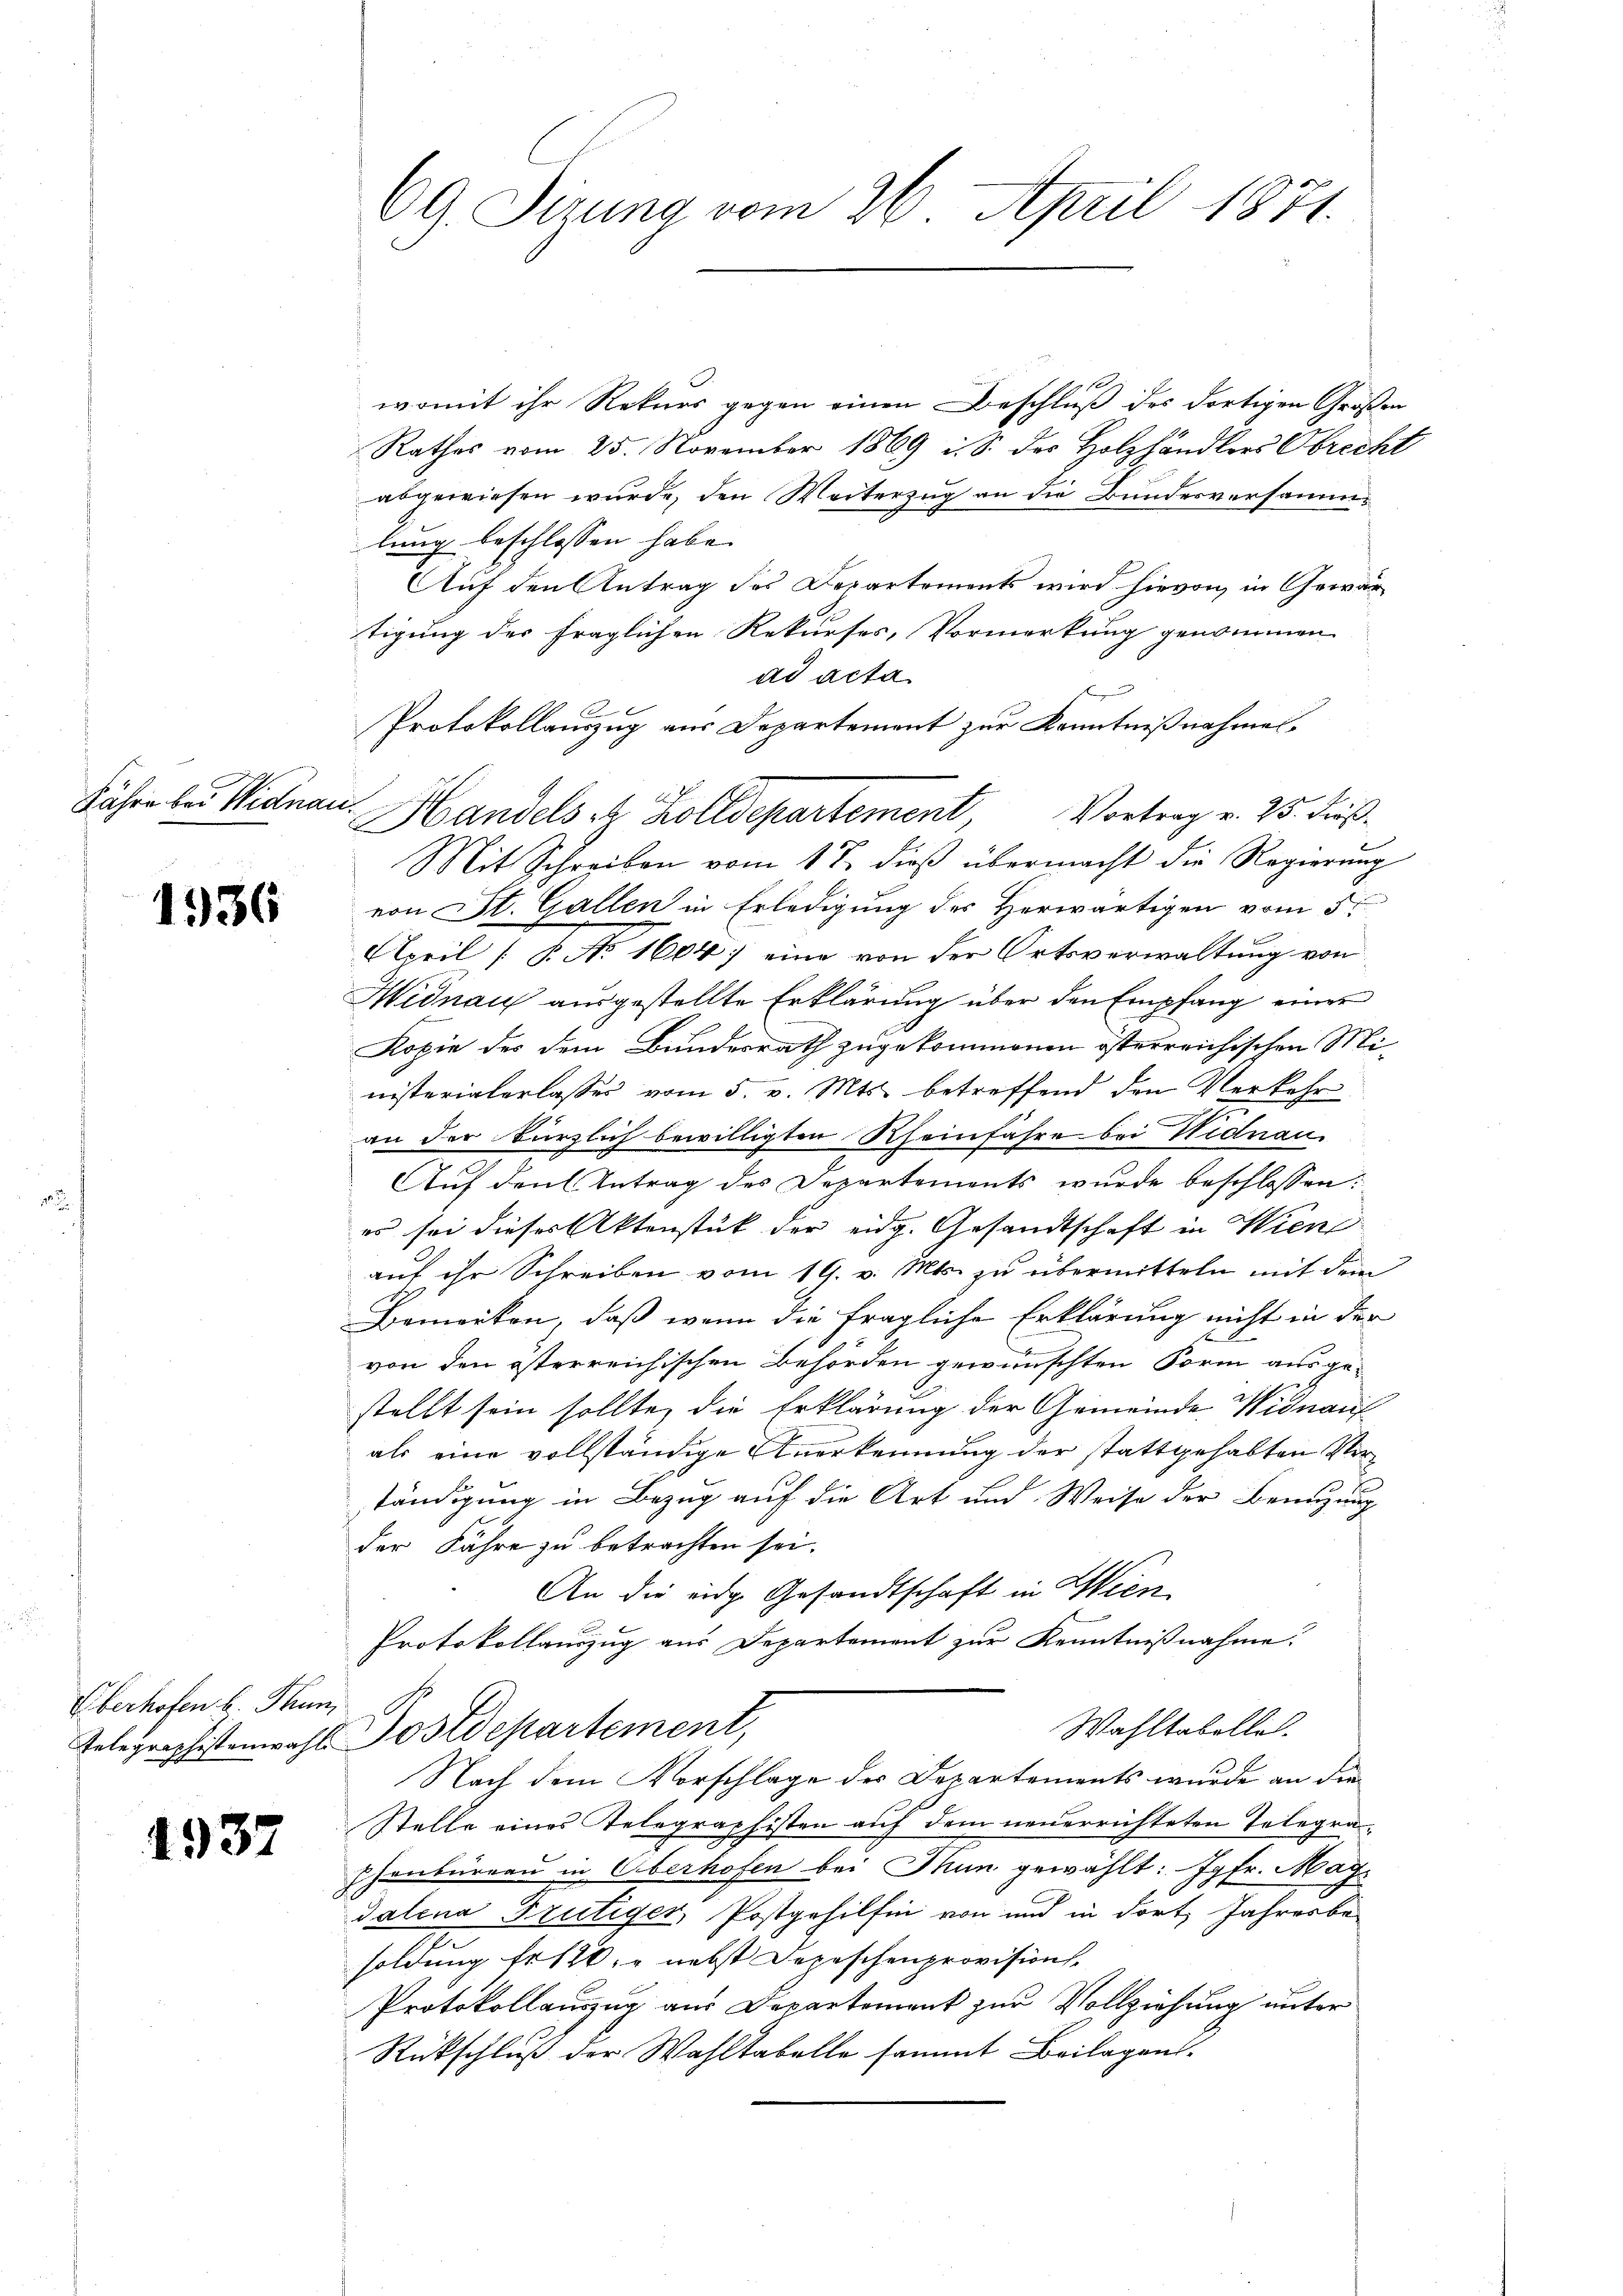
Jahre bei Widnau.

1936

Überhofen h. Thun,

1937

womit ihr Rekurs gegen einen Beschluß des dortigen Großen
Rathes vom 25. November 1869 i. S. des Holzhändlers Obrecht
abgewiesen wurde, den Weiterzug an die Bundesversammlung beschlossen habe.
Auf den Antrag des Departements wird hievon, in Gewärtigung der fraglichen Rekurses, Vormerkung genommen
ad acta
Protokollauszug aus Departement zur Kenntnißnahmen.
Mit Schreiben vom 17. dieβ übermacht die Regierŭng
von St. Gallen in Erledigung des Herwärtigen vom 5.
April 7. No. 1604) eine von der Ortsverwaltung von
Midnau ausgestellte Erklärung über den Empfang einer
Kopie des dem Bundesrath zugekommenen österreichischen Ministerialerlassen vom 5. v. Mts. betreffend den Verkehr
an der kürzlich bewilligten Rheinfahre bei Hidnau
Auf den Antrag des Departements wurde beschlossen:
es sei dieses Aktenstück der eidg. Gesandtschaft in Wiene
auf ihr Schreiben vom 19. v. Mts. zu übermitteln mit dem
Bemerken, daß wenn die fragliche Erklärung nicht in der
von den österreichischen Behörden gewünschten Form ausgestellt sein sollte, die Erklärung der Gemeinde Widnauf
als eine vollständige Anerkennung der stattgehabten Vertändigung in Bezug auf die Art und Weise der Benutzung
der Fähre zu betrachten sei.
An die eidg. Gesandtschaft in Wien
Protokollauszug aus Departement zur Kenntnißnahme.
Wahltabelle.
Telegraphistenwahl Postdepartement,
Nach dem Vorschlage des Departements wurde an die
Stelle eines Telegraphisten auf dem neuerrichteten Telegra¬
Ehenbüreau in Überhofen bei Thun gewählt: Jgfr. Mag.
dalena Frutiger, Postgehilfen von und in dort Jahresbe-
soldung fr 120, nebst Depeschenprovisions-
Protokollauszug aus Departement zur Vollziehung unter
Rückschluß der Wahltabelle sammt Beilagens¬

69. Sirung vom 26. April 1871.

Handels er Zolldepartement, Vortrag v. 25. dieß